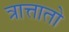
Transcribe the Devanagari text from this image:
त्रात्तातो